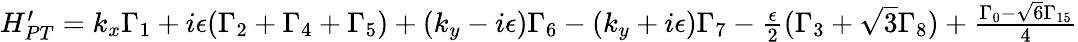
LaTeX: \begin{array}{r}{H_{PT}^{\prime}=k_{x}\Gamma_{1}+i\epsilon(\Gamma_{2}+\Gamma_{4}+\Gamma_{5})+(k_{y}-i\epsilon)\Gamma_{6}-(k_{y}+i\epsilon)\Gamma_{7}-\frac{\epsilon}{2}(\Gamma_{3}+\sqrt{3}\Gamma_{8})+\frac{\Gamma_{0}-\sqrt{6}\Gamma_{15}}{4}}\end{array}